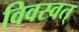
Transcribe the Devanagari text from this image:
विवस्वत्